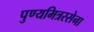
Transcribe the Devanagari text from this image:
पुण्यमित्रस्सेना